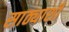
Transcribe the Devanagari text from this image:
साठ्याशी